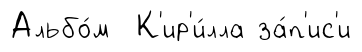
Альбо́м К'ир'и́лла за́п'ис'и